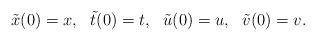
LaTeX: \begin{align*}\tilde{x}(0)=x,~~\tilde{t}(0)=t,~~\tilde{u}(0)=u,~~\tilde{v}(0)=v.\end{align*}